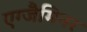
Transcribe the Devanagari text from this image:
एग्जैमिनर